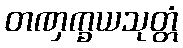
တဏှက္ခယသုတ္တံ